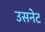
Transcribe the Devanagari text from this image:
उसनेट